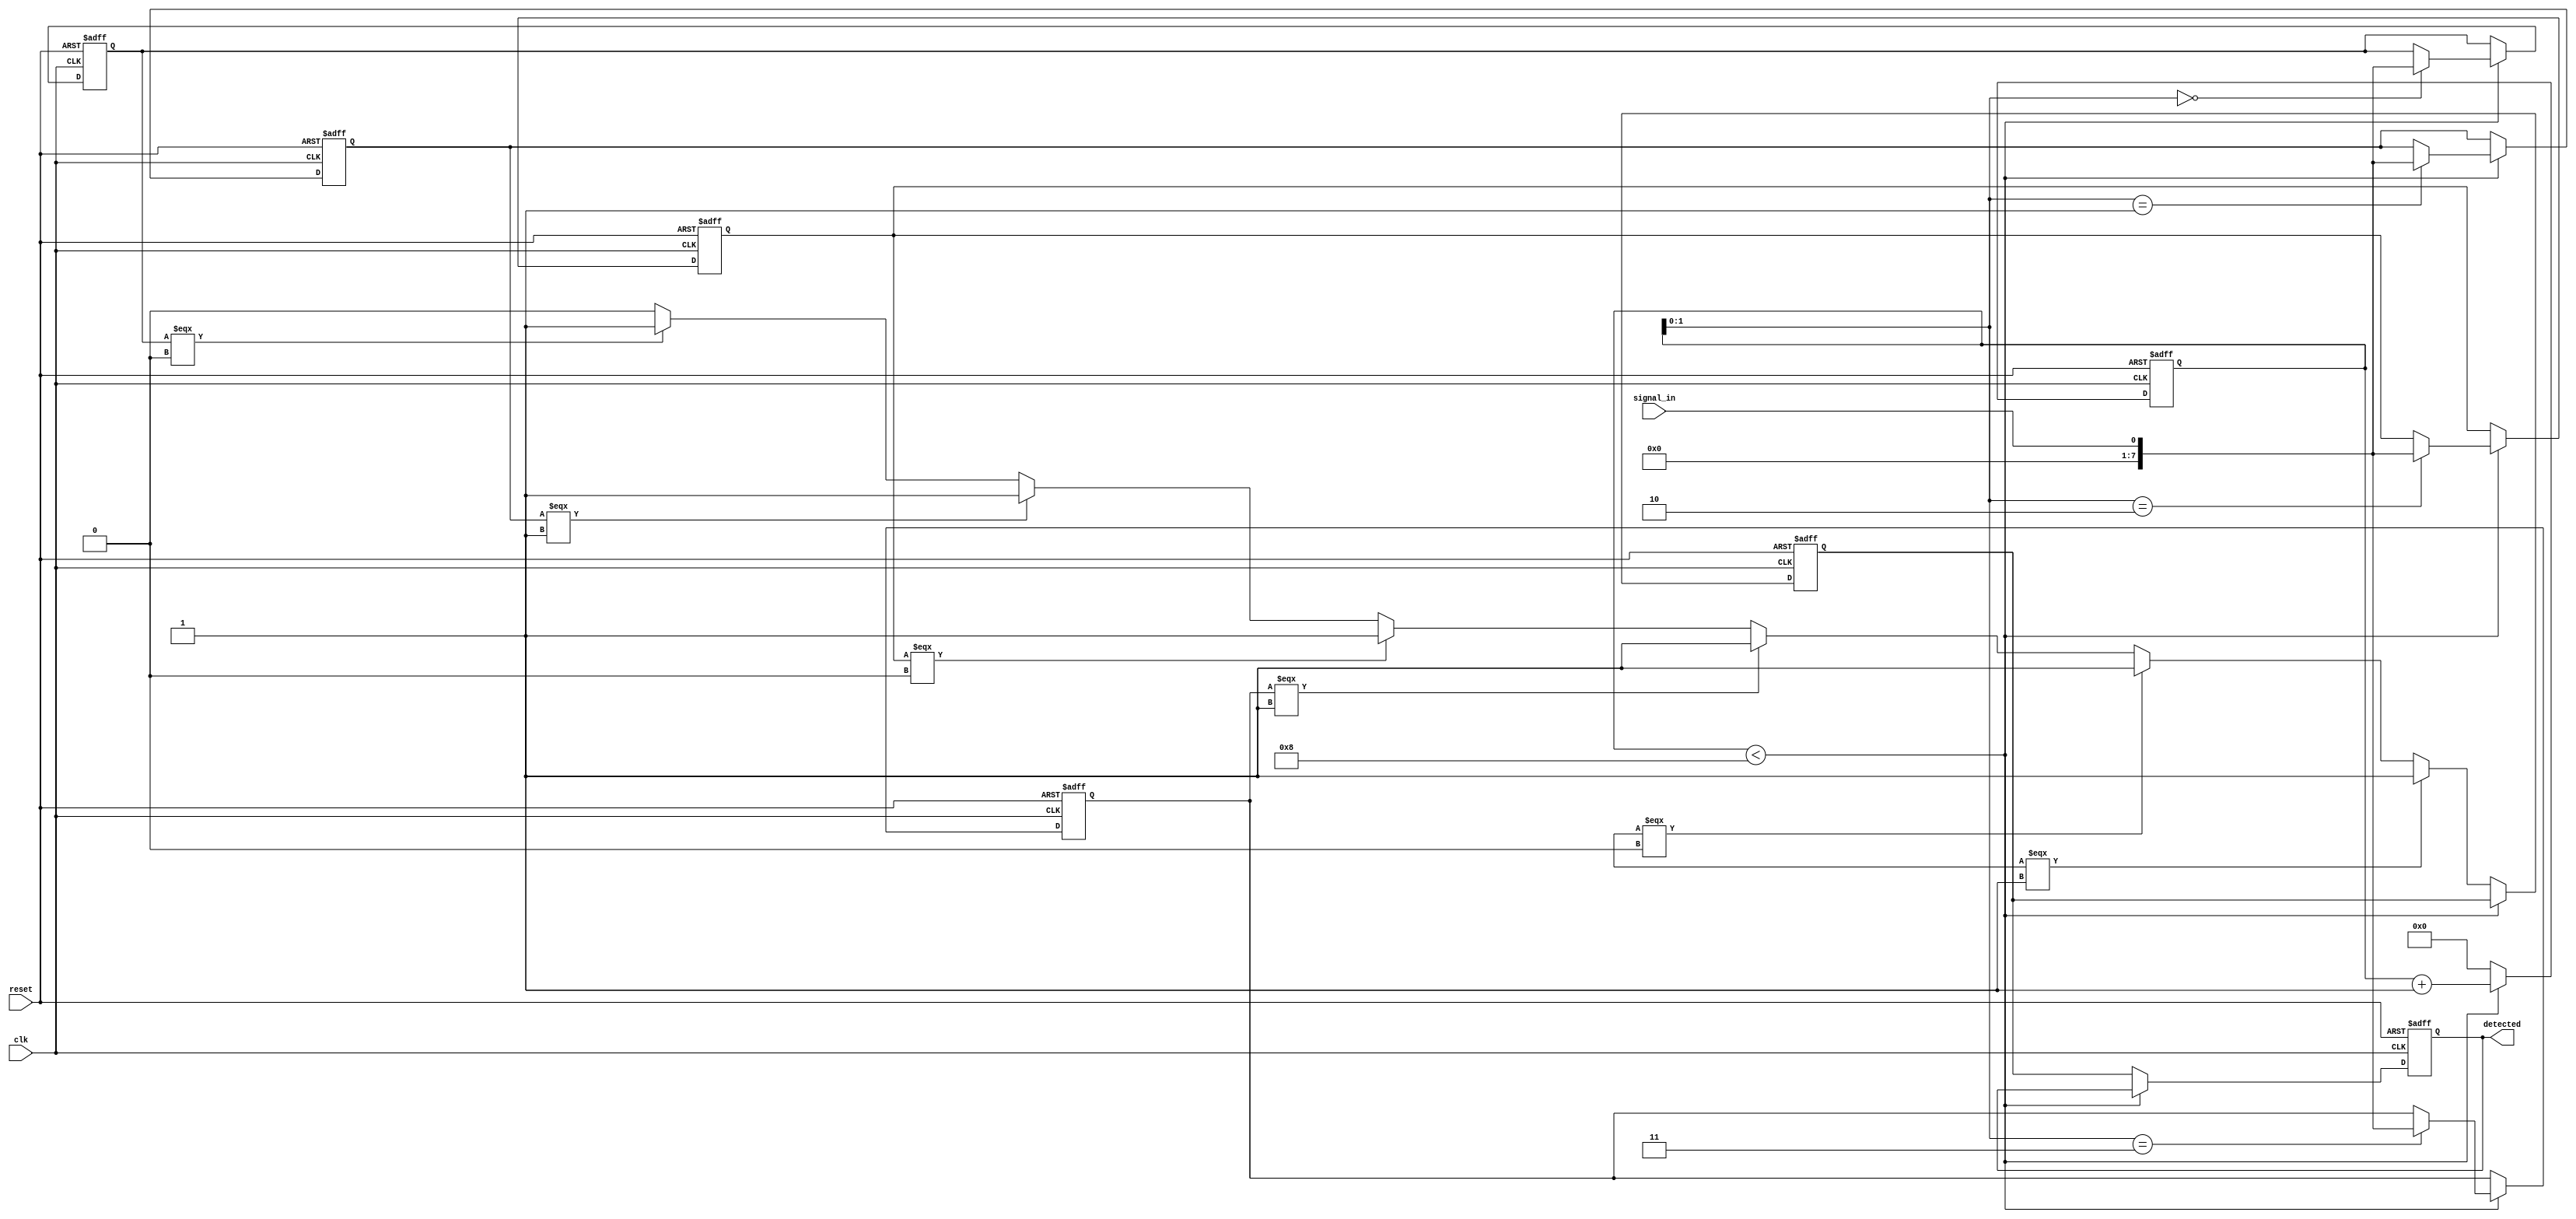
module MemoryBlocksSamplingDelayLineDetector #(
    parameter NUM_SAMPLES = 8,  // Number of samples to store
    parameter DELAY_STAGES = 4   // Number of delay stages
)(
    input wire clk,               // Clock signal
    input wire reset,             // Reset signal
    input wire signal_in,         // Input signal to be analyzed
    output reg detected           // Detection output
);

    // Delay line using shift registers
    reg [NUM_SAMPLES-1:0] delay_line [0:DELAY_STAGES-1];
    
    // Memory blocks for storing delayed samples
    reg [NUM_SAMPLES-1:0] memory [0:DELAY_STAGES-1];
    
    // Sample counter
    integer i;
    reg [3:0] sample_counter;     // Counter for samples
    
    // Detection logic thresholds (example, can be modified)
    reg [NUM_SAMPLES-1:0] threshold = 8'b10101010; // Example pattern to detect
    reg pattern_detected;

    // Sampling control logic
    always @(posedge clk or posedge reset) begin
        if (reset) begin
            // Reset all memories and detected signal
            for (i = 0; i < DELAY_STAGES; i = i + 1) begin
                memory[i] <= 0;
                delay_line[i] <= 0;
            end
            sample_counter <= 0;
            detected <= 0;
            pattern_detected <= 0;
        end else begin
            // Shift the input signal through the delay line
            for (i = DELAY_STAGES-1; i > 0; i = i - 1) begin
                delay_line[i] <= delay_line[i-1];
            end
            delay_line[0] <= signal_in;

            // Store the current sample in memory
            if (sample_counter < NUM_SAMPLES) begin
                memory[sample_counter] <= signal_in;
                sample_counter <= sample_counter + 1;
            end else begin
                // Reset sample counter after storing samples
                sample_counter <= 0;

                // Detection logic
                pattern_detected <= 1'b0;
                for (i = 0; i < NUM_SAMPLES; i = i + 1) begin
                    if (memory[i] === threshold[i]) begin
                        pattern_detected <= 1'b1;
                    end
                end

                // Update detection output
                detected <= pattern_detected;
            end
        end
    end
endmodule